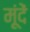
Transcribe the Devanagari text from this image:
मूंदें